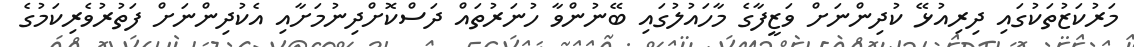
މަރުކަޒުތަކުގައި ދިރިއުޅޭ ކުދިންނަށް ވަޒީފާގެ މާހައުލުގައި ބޭނުންވާ ހުނަރުތައް ދަސްކޮށްދިނުމަށާއި އެކުދިންނަށް ފަތުރުވެރިކަމުގެ